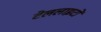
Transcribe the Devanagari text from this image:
टेललाइटों